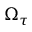
\Omega _ { \tau }